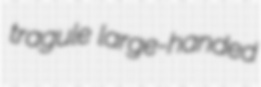
tragule large-handed